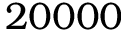
2 0 0 0 0